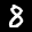
Label: 8